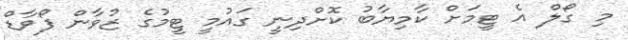
މި ގޯލް އެ ޓީމަށް ކާމިޔާބު ކޮށްދިނީ ގައުމީ ޓީމުގެ ޒުވާން ފޯވާޑް